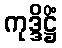
ကုဒ္ဒိဋ္ဌိံ